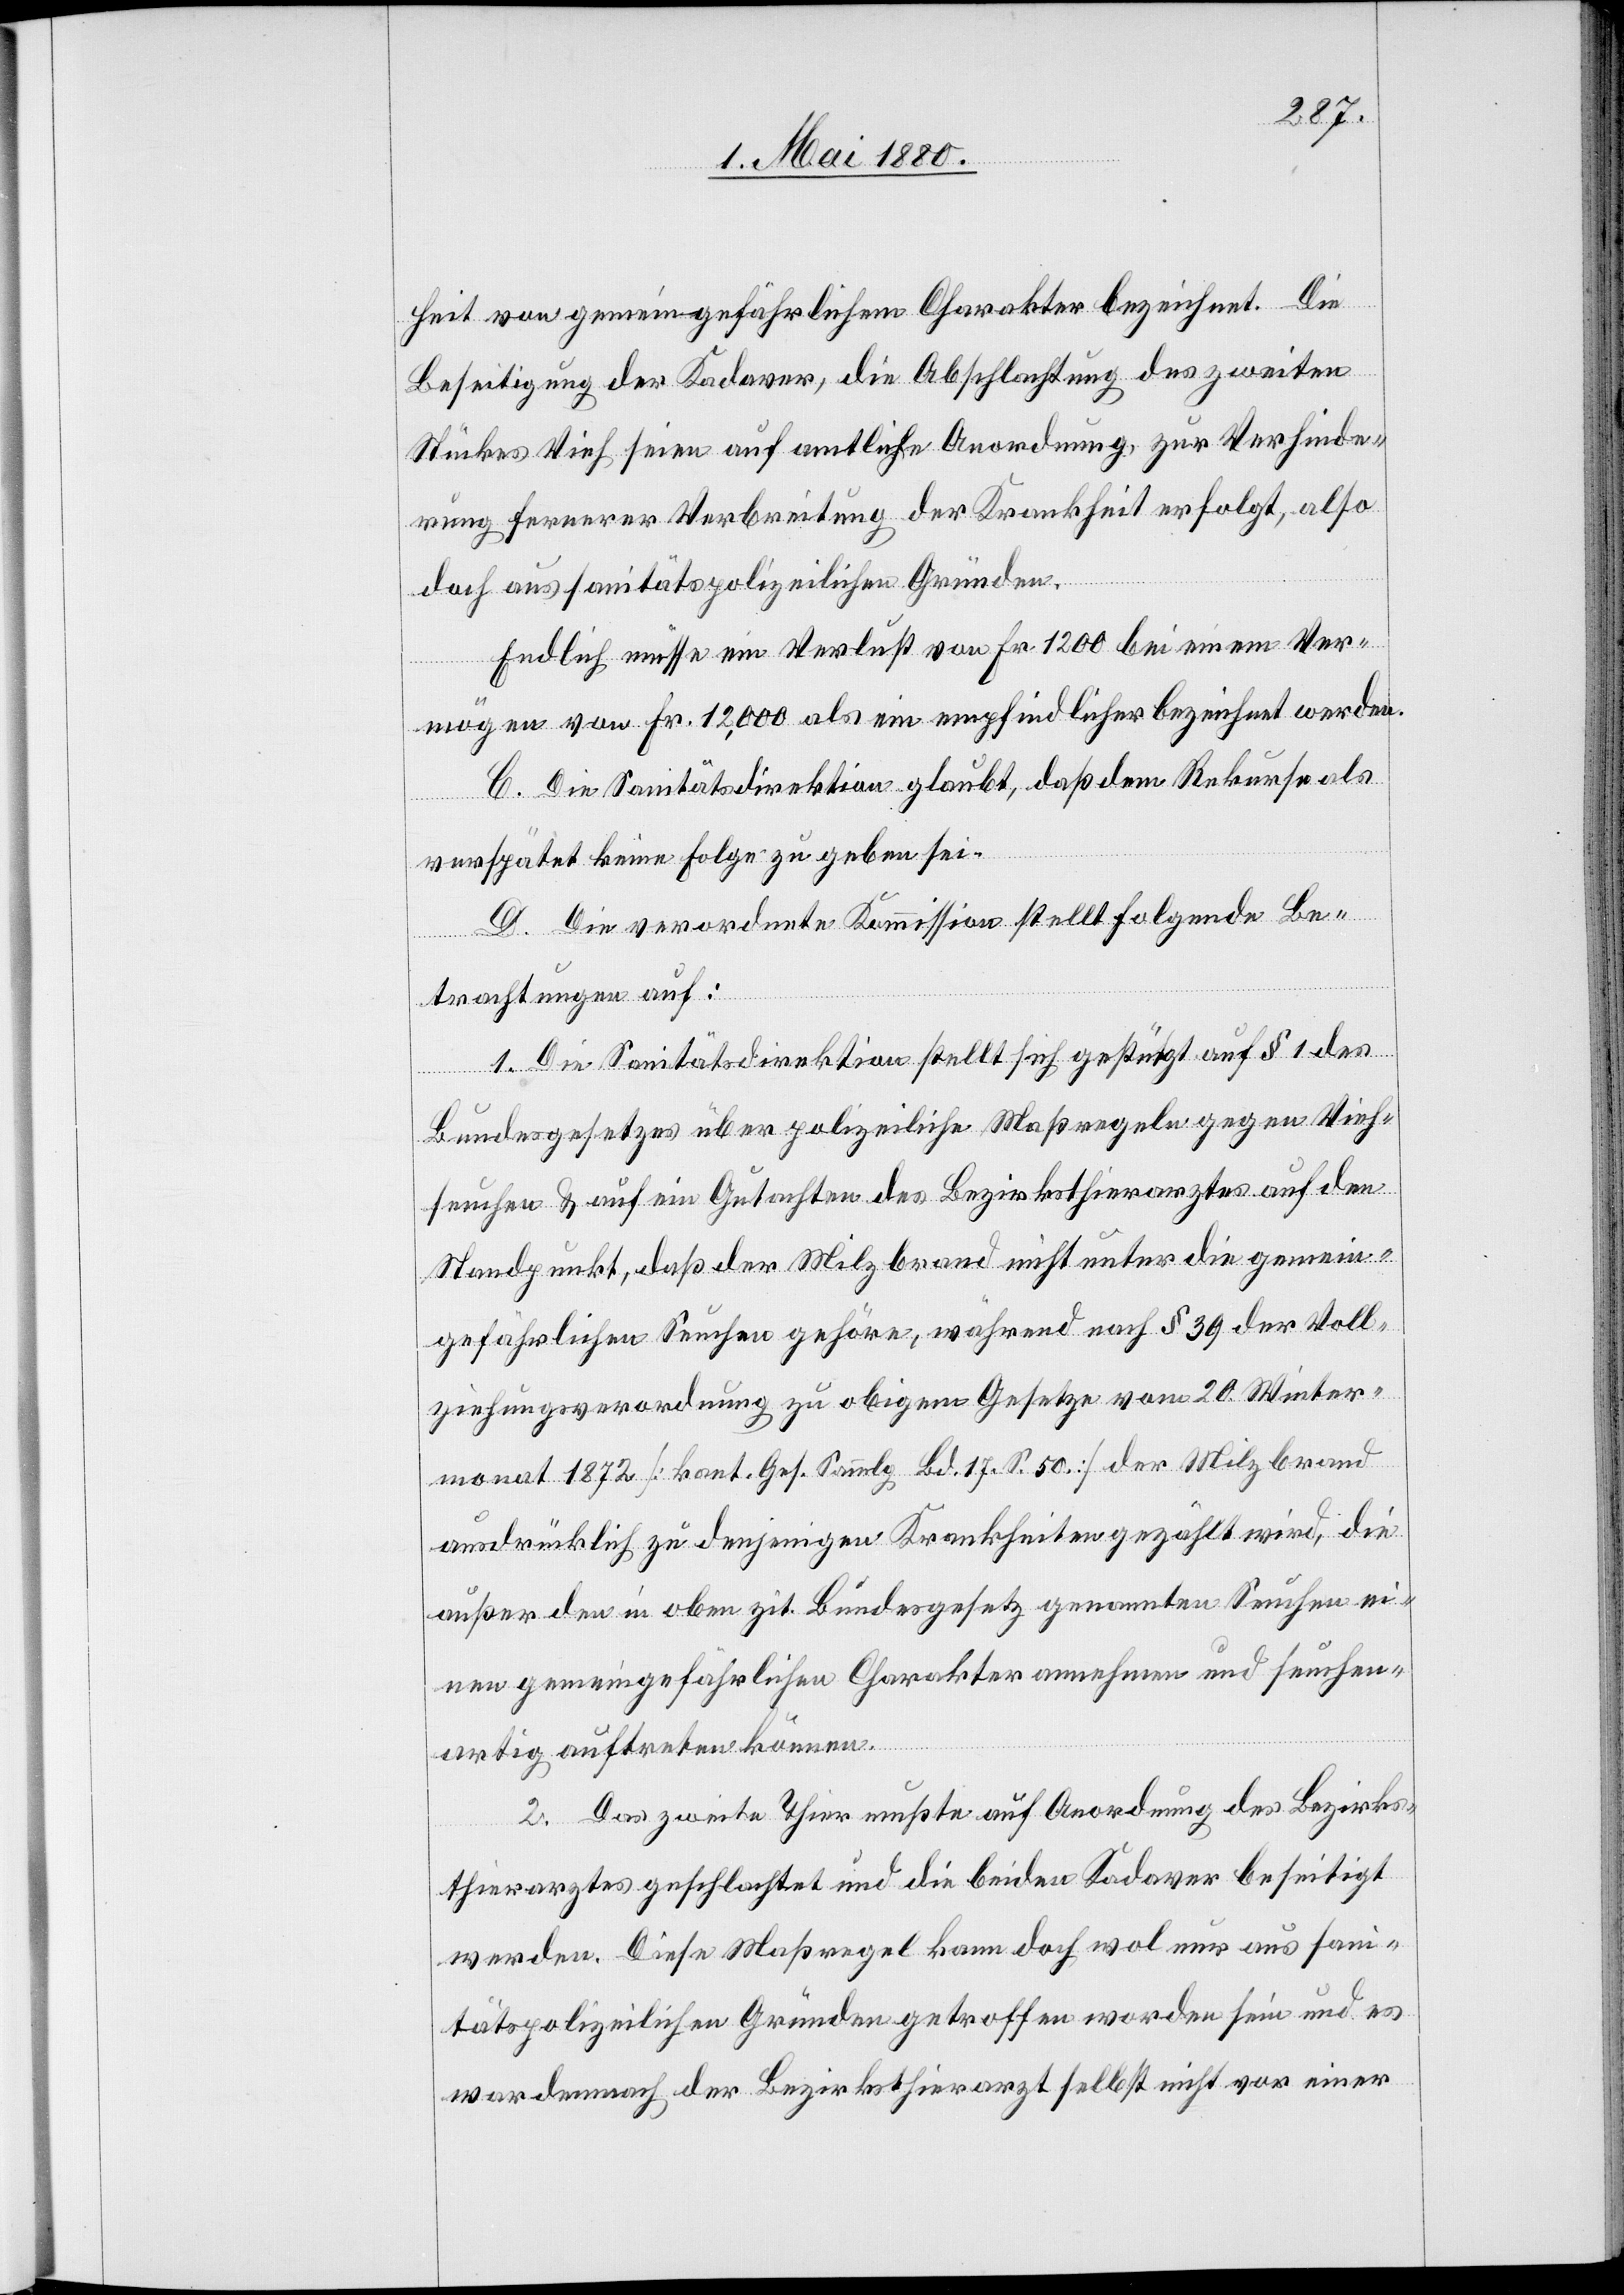
heit von gemeingefährlichem Charakter bezeichnet. Die
Beseitigung der Kadaver, die Abschlachtung des zweiten
Stückes Vieh seien auf amtliche Anordnung, zur Verhinde¬
rung fernerer Verbreitung der Krankheit erfolgt, also
doch aus sanitätspolizeilichen Gründen.
Endlich müsse ein Verlust von Fr. 1200 bei einem Ver¬
mögen von Fr. 12,000 als ein empfindlicher bezeichnet werden.
C. Die Sanitätsdirektion glaubt, daß dem Rekurse als
verspätet keine Folge zu geben sei.
D. Die verordnete Kommission stellt folgende Be¬
trachtungen auf:
1. Die Sanitätsdirektion stellt sich gestützt auf § 1 des
Bundesgesetzes über polizeiliche Maßregeln gegen Vieh¬
seuchen & auf ein Gutachten des Bezirksthierarztes auf den
Standpunkt, daß der Milzbrand nicht unter die gemein¬
gefährlichen Seuchen gehöre, während nach § 39 der Voll¬
ziehungsverordnung zu obigem Gesetze vom 20. Winter¬
monat 1872 [kant. Ges. Sammlg. Bd. 17 S. 50] der Milzbrand
ausdrücklich zu denjenigen Krankheiten gezählt wird, die
außer den in oben zit. Bundesgesetz genannten Seuchen ei¬
nen gemeingefährlichen Charakter annehmen und seuchen¬
artig auftreten können.
2. Das zweite Thier mußte auf Anordnung des Bezirks¬
thierarztes geschlachtet und die beiden Kadaver beseitigt
werden. Diese Maßregel kann doch wol nur aus san¬
itätspolizeilichen Gründen getroffen worden sein und es
war demnach der Bezirksthierarzt selbst nicht vor einer